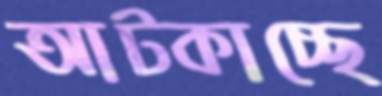
আট্‌কাচ্ছে